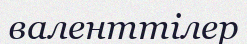
валенттілер